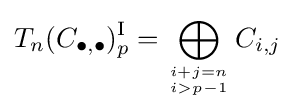
T_{n}(C_{\bullet ,\bullet })_{p}^{\textrm {I}}=\bigoplus _{i+j=n \atop i>p-1}C_{i,j}